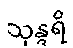
သုန္ဒရိ